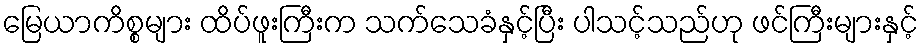
မြေယာကိစ္စများ ထိပ်ဖူးကြီးက သက်သေခံနှင့်ပြီး ပါသင့်သည်ဟု ဖင်ကြီးများနှင့်